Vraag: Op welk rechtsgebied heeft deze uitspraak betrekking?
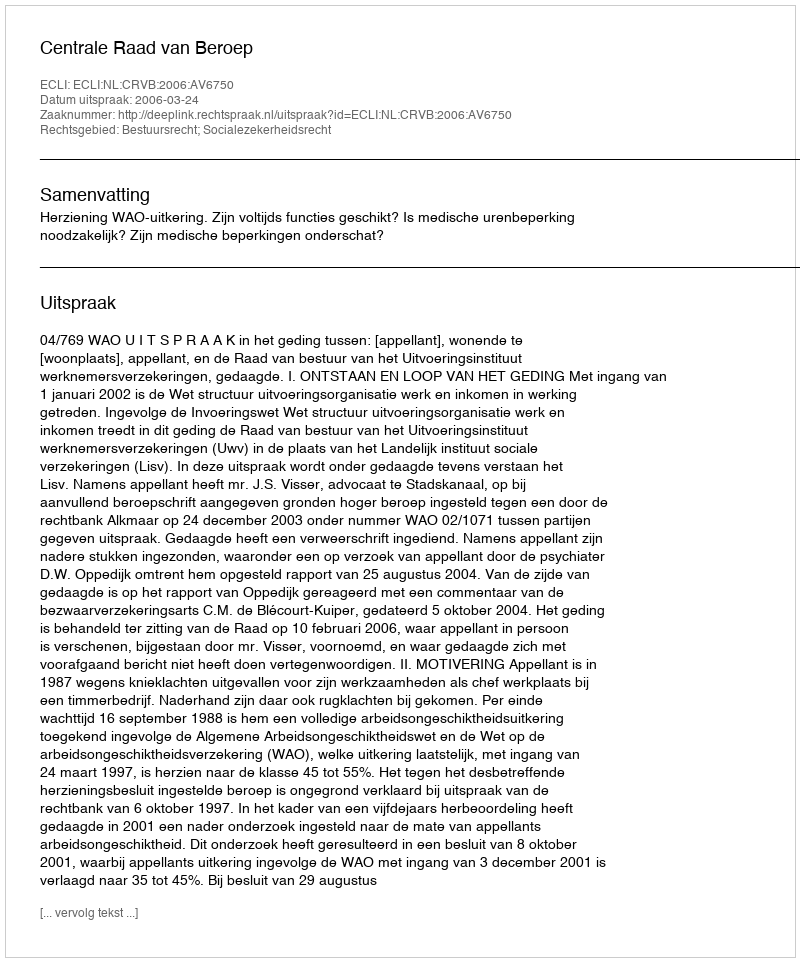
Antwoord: Bestuursrecht; Socialezekerheidsrecht